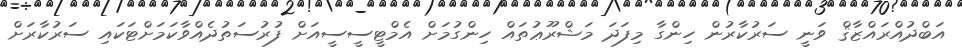
އަބްދުއްރައްޒާޤް ވަނީ ސަރުކާރުން ހިންގާ މިފަދަ މަޝްރޫޢުތައް ހިންގުމަށް އެމްޓީސީސީއަށް ފުރުސަތުދެއްވާކަމަށްޓަކައި ސަރުކާރަށް